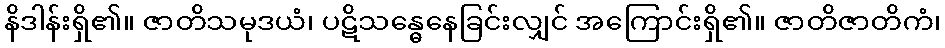
နိဒါန်းရှိ၏။ ဇာတိသမုဒယံ၊ ပဋိသန္ဓေနေခြင်းလျှင် အကြောင်းရှိ၏။ ဇာတိဇာတိကံ၊